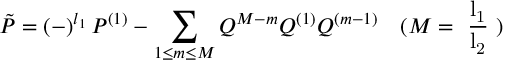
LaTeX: \tilde { P } = ( - ) ^ { l _ { 1 } } \, P ^ { ( 1 ) } - \sum _ { 1 \leq m \leq M } Q ^ { M - m } Q ^ { ( 1 ) } Q ^ { ( m - 1 ) } \quad ( M = \mathrm { ~ \frac { l _ { 1 } } { l _ { 2 } } ~ } )